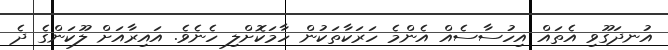
އުނދަގޫވި އެތައް އިހުސާސެއް އެންމެ ހަރަކާތަކުން ހާމަކޮށްލި ހެނެވެ. އައިރާއަށް ލޫކަންގެ ދެ